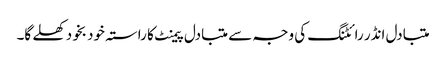
متبادل انڈر رائٹنگ کی وجہ سے متبادل پیمنٹ کا راستہ خود بخود کھلے گا۔